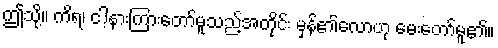
ဤသို့။ ကိရ၊ ငါ့နားကြားတော်မူသည့်အတိုင်း မှန်၏လောဟု မေးတော်မူ၏။